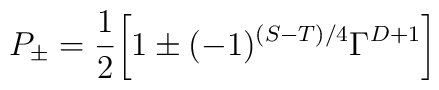
P_{\pm}= \frac{1}{2}\biggl [ 1\pm(-1)^{(S-T)/4} \Gamma^{D+1}\biggr]